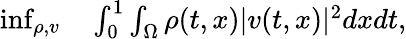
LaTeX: \begin{array}{rl}{\operatorname*{inf}_{\rho,v}}&{{}\int_{0}^{1}\int_{\Omega}\rho(t,x)|v(t,x)|^{2}dxdt,}\end{array}